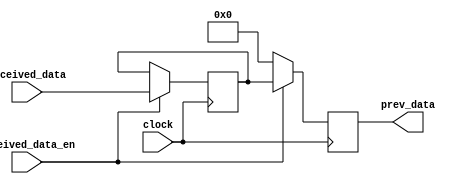
`timescale 1ns / 1ns

module prevData(clock, received_data_en, received_data, prev_data);

	input clock, received_data_en;
	input [7:0]received_data;
	
	output reg [7:0] prev_data;
	
	reg [7:0] current_data = 0;
	
	always@(posedge clock)begin
	
		if(received_data_en)begin
			prev_data = current_data;
			current_data = received_data;
		end
		else
			prev_data = 0;
	end
	
endmodule